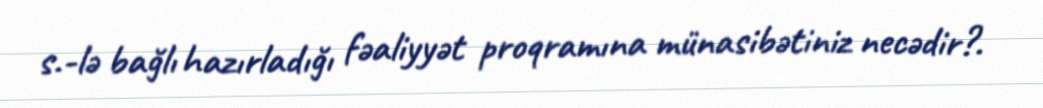
s.-lə bağlı hazırladığı fəaliyyət proqramına münasibətiniz necədir?.